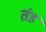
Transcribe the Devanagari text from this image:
तंड